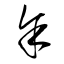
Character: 余